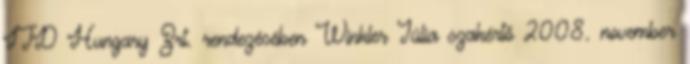
ITD Hungary Zrt. rendezésében Winkler Júlia szakértő 2008. november